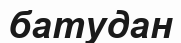
батудан